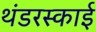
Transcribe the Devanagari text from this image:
थंडरस्काई